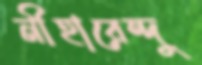
নীহারেন্দু